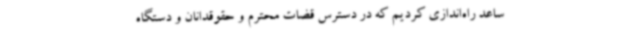
ساعد راه‌اندازی کردیم که در دسترس قضات محترم و حقوقدانان و دستگاه